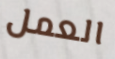
العمل